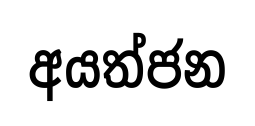
අයත්ජන